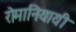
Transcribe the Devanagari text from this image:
रोमानियायी